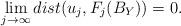
LaTeX: \begin{align*}\lim_{j\to\infty}dist(u_j,F_j(B_Y))=0.\end{align*}